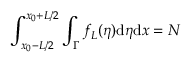
\int _ { x _ { 0 } - L / 2 } ^ { x _ { 0 } + L / 2 } \int _ { \Gamma } f _ { L } ( \eta ) \mathrm { d } \eta \mathrm { d } x = N